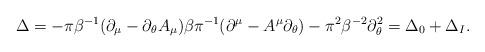
LaTeX: \begin{align*}\Delta=-\pi\beta^{-1}(\partial_{\mu}-\partial_{\theta}A_{\mu}) \beta\pi^{-1}(\partial^{\mu}-A^{\mu}\partial_{\theta}) -\pi^{2}\beta^{-2}\partial_{\theta}^{2}=\Delta_{0}+\Delta_{I}.\end{align*}